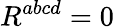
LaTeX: R^{abcd}=0